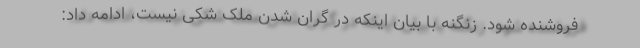
فروشنده شود. زنگنه با بیان اینکه در گران شدن ملک شکی نیست، ادامه داد: